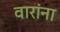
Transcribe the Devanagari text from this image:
वारांना